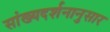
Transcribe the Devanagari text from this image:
सांख्यदर्शनानुसार